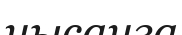
нысанға